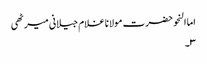
اما النحو حضرت مولانا غلام جیلانی میرٹھی
۳۔